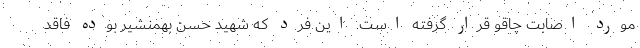
مورد اصابت چاقو قرار گرفته است. این فرد که شهید حسن بهمنشیر بوده فاقد